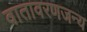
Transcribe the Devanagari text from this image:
वातावरणजन्य